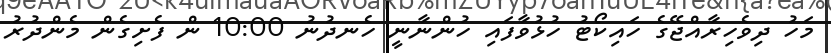
މަހު ދިވެހިރާއްޖޭގެ ހައިކޯޓު ހުޅުވާފައި ހުންނާނީ ހެނދުނު 10:00 ން ފެށިގެން މެންދުރު